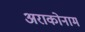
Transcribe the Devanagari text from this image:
अराकोनाम